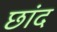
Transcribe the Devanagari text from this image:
छांद